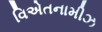
વિએતનામીઝ